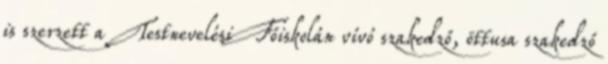
is szerzett a Testnevelési Főiskolán vívó szakedző, öttusa szakedző